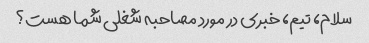
سلام، تیم، خبری در مورد مصاحبه شغلی شما هست؟